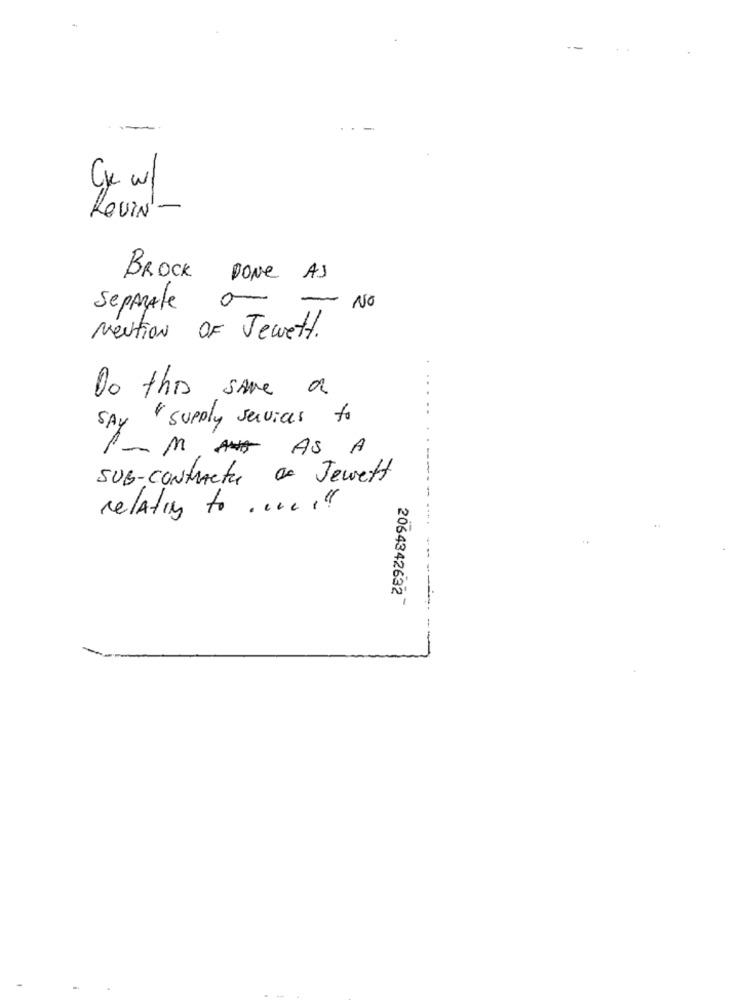
3
ROVIN'-
BROCK DONE AS
Separate o-
- No
Meution OF Jewett.
Do this save a
SAY" supply services to
P _M AV AS A
SUB-CONtrActu a Jewett
-
relating to one !!!
2064342632